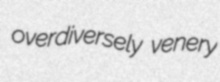
overdiversely venery